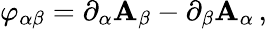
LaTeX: \varphi_{\alpha\beta}=\partial_{\alpha}\mathbf{A}_{\beta}-\partial_{\beta}\mathbf{A}_{\alpha}\, ,